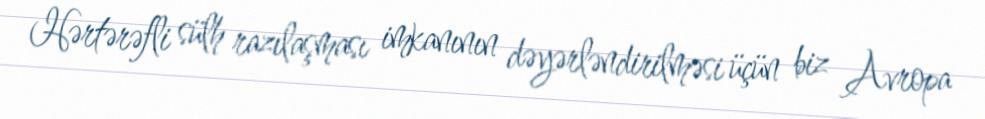
Hərtərəfli sülh razılaşması imkanının dəyərləndirilməsi üçün biz Avropa